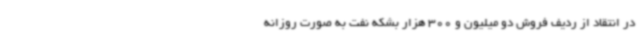
در انتقاد از ردیف فروش دو میلیون و 300 هزار بشکه نفت به صورت روزانه